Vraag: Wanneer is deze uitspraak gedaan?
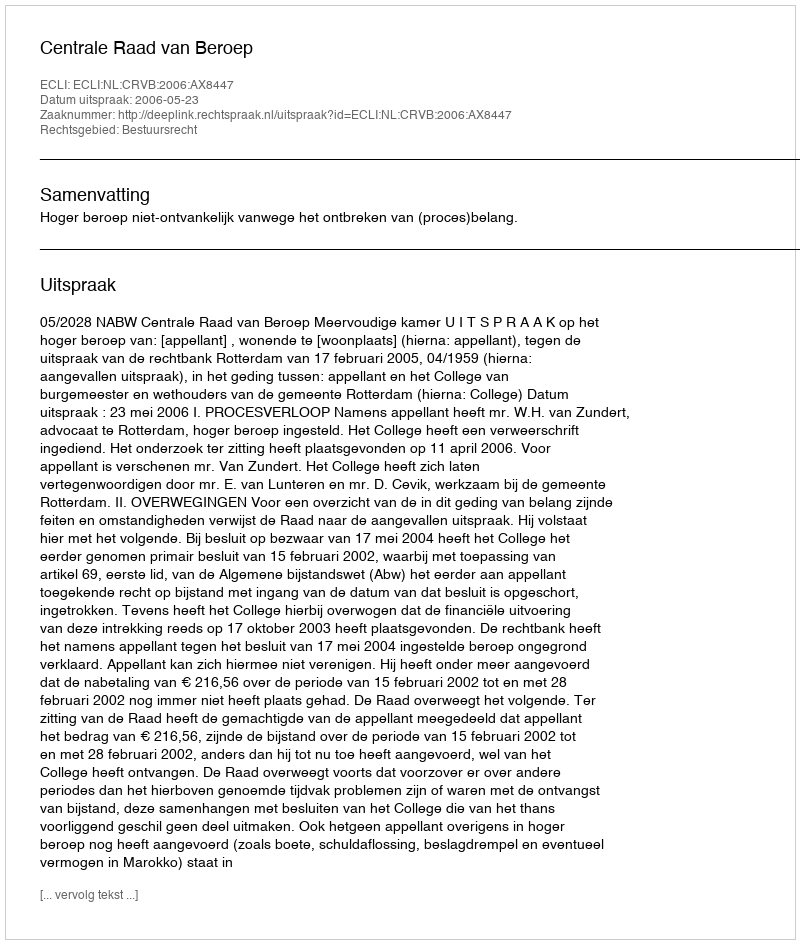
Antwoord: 2006-05-23